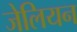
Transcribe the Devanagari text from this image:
जेलियन